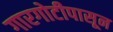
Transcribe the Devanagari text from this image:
गारगोटीपासून